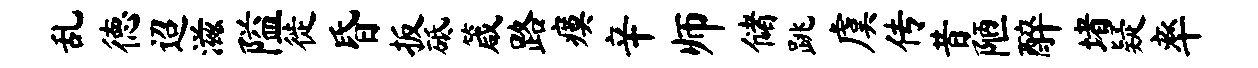
乱德迢滋隘徙昏扳砥箴路瘼辛师储跳虞传昔陋醉堵疑率